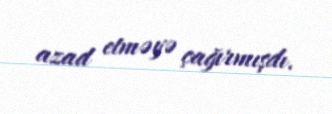
azad etməyə çağırmışdı.